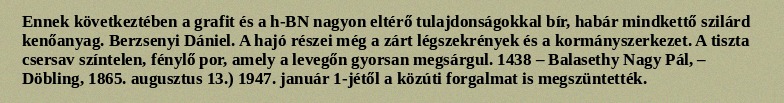
Ennek következtében a grafit és a h-BN nagyon eltérő tulajdonságokkal bír, habár mindkettő szilárd kenőanyag. Berzsenyi Dániel. A hajó részei még a zárt légszekrények és a kormányszerkezet. A tiszta csersav színtelen, fénylő por, amely a levegőn gyorsan megsárgul. 1438 – Balasethy Nagy Pál, – Döbling, 1865. augusztus 13.) 1947. január 1-jétől a közúti forgalmat is megszüntették.